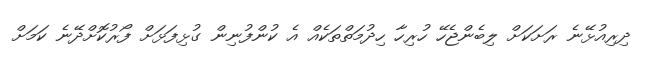
ދިރިއުޅޭނެ ރަށަކަށް ލިބެންޖެހޭ ހުރިހާ ހިދުމަތްތަކެއް އެ ކުންފުނިން ގުޅިފަޅަށް ފޯރުކޮށްދޭނެ ކަމަށް